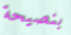
بنصيحة